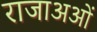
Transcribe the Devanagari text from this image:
राजाअओं